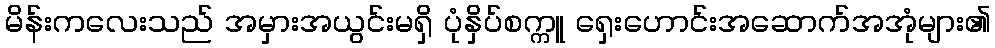
မိန်းကလေးသည် အမှားအယွင်းမရှိ ပုံနှိပ်စက္ကူ ရှေးဟောင်းအဆောက်အအုံများ၏